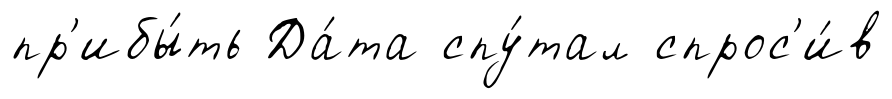
пр'ибы́ть Да́та спу́тал спрос'и́в